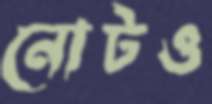
নোটও